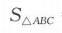
\(S_{\triangle ABC}\)